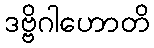
ဒဗ္ဗိဂါဟောတိ